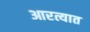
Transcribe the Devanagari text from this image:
आरत्यात